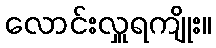
လောင်းလှူရကျိုး။